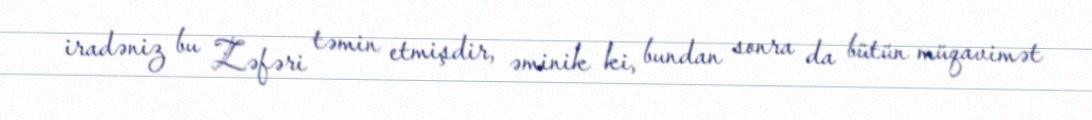
iradəniz bu Zəfəri təmin etmişdir, əminik ki, bundan sonra da bütün müqavimət